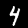
Label: 4